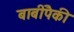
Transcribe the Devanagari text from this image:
बाबींपैकी